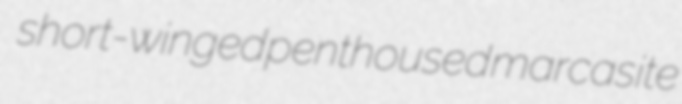
short-winged penthoused marcasite